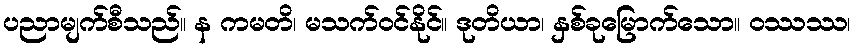
ပညာမျက်စီသည်။ န ကမတိ၊ မသက်ဝင်နိုင်။ ဒုတိယာ၊ နှစ်ခုမြောက်သော။ ဝဿဿ၊